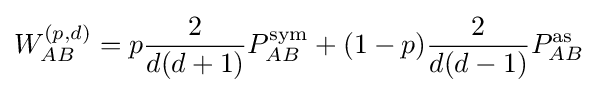
W_{AB}^{(p,d)}=p{\frac {2}{d(d+1)}}P_{AB}^{\text{sym}}+(1-p){\frac {2}{d(d-1)}}P_{AB}^{\text{as}}